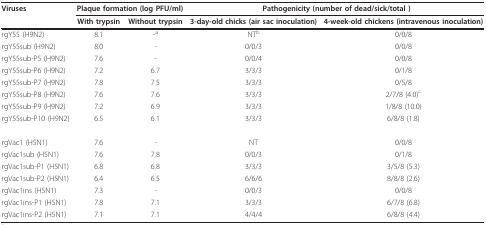
<table><thead><tr><td><b>Viruses</b></td><td colspan="2"><b>Plaque formation (log PFU/ml)</b></td><td colspan="2"><b>Pathogenicity (number of dead/sick/total )</b></td></tr><tr><td></td><td><b>With trypsin</b></td><td><b>Without trypsin</b></td><td><b>3-day-old chicks (air sac inoculation)</b></td><td><b>4-week-old chickens (intravenous inoculation)</b></td></tr></thead><tbody><tr><td>rgY55 (H9N2)</td><td>8.1</td><td>-<sup>a</sup></td><td>NT<sup>b</sup></td><td>0/0/8</td></tr><tr><td>rgY55sub (H9N2)</td><td>8.0</td><td>-</td><td>0/0/3</td><td>0/0/8</td></tr><tr><td>rgY55sub-P5 (H9N2)</td><td>7.6</td><td>-</td><td>0/0/4</td><td>0/0/8</td></tr><tr><td>rgY55sub-P6 (H9N2)</td><td>7.2</td><td>6.7</td><td>3/3/3</td><td>0/1/8</td></tr><tr><td>rgY55sub-P7 (H9N2)</td><td>7.8</td><td>7.5</td><td>3/3/3</td><td>0/5/8</td></tr><tr><td>rgY55sub-P8 (H9N2)</td><td>7.6</td><td>7.6</td><td>3/3/3</td><td>2/7/8 (4.0)<sup>c</sup></td></tr><tr><td>rgY55sub-P9 (H9N2)</td><td>7.2</td><td>6.9</td><td>3/3/3</td><td>1/8/8 (10.0)</td></tr><tr><td>rgY55sub-P10 (H9N2)</td><td>6.5</td><td>6.1</td><td>3/3/3</td><td>6/8/8 (1.8)</td></tr><tr><td>rgVac1 (H5N1)</td><td>7.6</td><td>-</td><td>NT</td><td>0/0/8</td></tr><tr><td>rgVac1sub (H5N1)</td><td>7.6</td><td>7.8</td><td>0/0/3</td><td>0/1/8</td></tr><tr><td>rgVac1sub-P1 (H5N1)</td><td>6.8</td><td>6.8</td><td>3/3/3</td><td>3/5/8 (5.3)</td></tr><tr><td>rgVac1sub-P2 (H5N1)</td><td>6.4</td><td>6.5</td><td>6/6/6</td><td>8/8/8 (2.6)</td></tr><tr><td>rgVac1ins (H5N1)</td><td>7.3</td><td>-</td><td>0/0/3</td><td>0/0/8</td></tr><tr><td>rgVac1ins-P1 (H5N1)</td><td>7.8</td><td>7.1</td><td>3/3/3</td><td>6/7/8 (6.8)</td></tr><tr><td>rgVac1ins-P2 (H5N1)</td><td>7.1</td><td>7.1</td><td>4/4/4</td><td>6/8/8 (4.4)</td></tr></tbody></table>